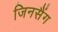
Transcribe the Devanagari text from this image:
जिनसैंग